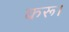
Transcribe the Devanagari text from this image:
करू।